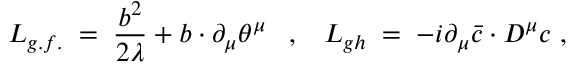
{ \cal L } _ { g . f . } \; = \; \frac { b ^ { 2 } } { 2 \lambda } + b \cdot \partial _ { \mu } \theta ^ { \mu } \; \; \; , \; \; \; { \cal L } _ { g h } \; = \; - i \partial _ { \mu } { \bar { c } } \cdot D ^ { \mu } c \; ,